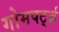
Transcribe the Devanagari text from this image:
गोमपर्ट्ज़